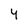
Character: 4